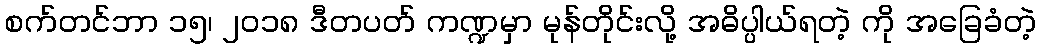
စက်တင်ဘာ ၁၅၊ ၂၀၁၈ ဒီတပတ် ကဏ္ဍမှာ မုန်တိုင်းလို့ အဓိပ္ပါယ်ရတဲ့ ကို အခြေခံတဲ့